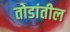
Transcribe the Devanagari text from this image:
तोडांतील